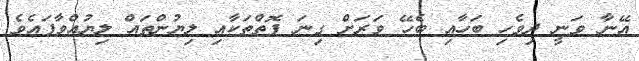
އޭނާ ވަނީ ދިވެހި ބަހާއި ބެހޭ ވަރަށް ގިނަ ފޮތްތަކާއި ލިޔުންތައް ލިޔުއްވާފައެވެ.